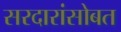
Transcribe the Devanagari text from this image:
सरदारांसोबत